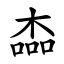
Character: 楍